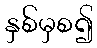
နှစ်မှစ၍